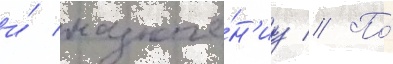
и́ назначе́н'иу // По́